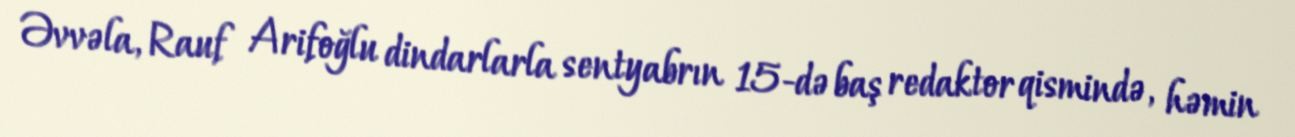
Əvvəla, Rauf Arifoğlu dindarlarla sentyabrın 15-də baş redaktor qismində, həmin